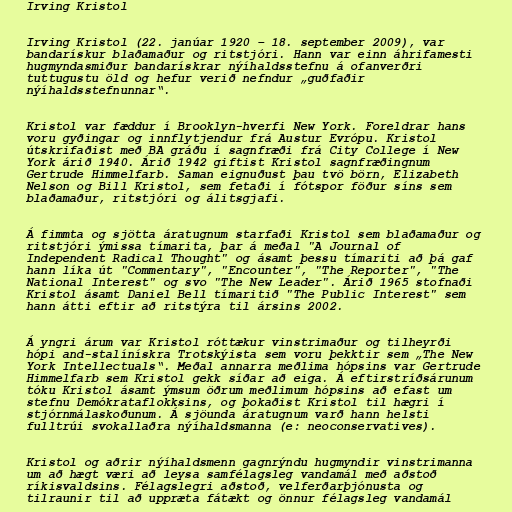
Irving Kristol

Irving Kristol (22. janúar 1920 – 18. september 2009), var
bandarískur blaðamaður og ritstjóri. Hann var einn áhrifamesti
hugmyndasmiður bandarískrar nýíhaldsstefnu á ofanverðri
tuttugustu öld og hefur verið nefndur „guðfaðir
nýíhaldsstefnunnar“.

Kristol var fæddur í Brooklyn-hverfi New York. Foreldrar hans
voru gyðingar og innflytjendur frá Austur Evrópu. Kristol
útskrifaðist með BA gráðu í sagnfræði frá City College í New
York árið 1940. Árið 1942 giftist Kristol sagnfræðingnum
Gertrude Himmelfarb. Saman eignuðust þau tvö börn, Elizabeth
Nelson og Bill Kristol, sem fetaði í fótspor föður síns sem
blaðamaður, ritstjóri og álitsgjafi.

Á fimmta og sjötta áratugnum starfaði Kristol sem blaðamaður og
ritstjóri ýmissa tímarita, þar á meðal "A Journal of
Independent Radical Thought" og ásamt þessu tímariti að þá gaf
hann líka út "Commentary", "Encounter", "The Reporter", "The
National Interest" og svo "The New Leader". Árið 1965 stofnaði
Kristol ásamt Daniel Bell tímaritið "The Public Interest" sem
hann átti eftir að ritstýra til ársins 2002.

Á yngri árum var Kristol róttækur vinstrimaður og tilheyrði
hópi and-stalínískra Trotskýista sem voru þekktir sem „The New
York Intellectuals“. Meðal annarra meðlima hópsins var Gertrude
Himmelfarb sem Kristol gekk síðar að eiga. Á eftirstríðsárunum
tóku Kristol ásamt ýmsum öðrum meðlimum hópsins að efast um
stefnu Demókrataflokksins, og þokaðist Kristol til hægri í
stjórnmálaskoðunum. Á sjöunda áratugnum varð hann helsti
fulltrúi svokallaðra nýíhaldsmanna (e: neoconservatives).

Kristol og aðrir nýíhaldsmenn gagnrýndu hugmyndir vinstrimanna
um að hægt væri að leysa samfélagsleg vandamál með aðstoð
ríkisvaldsins. Félagslegri aðstoð, velferðarþjónusta og
tilraunir til að uppræta fátækt og önnur félagsleg vandamál